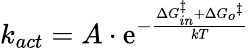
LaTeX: k_{act}=A\cdot\mathrm{e}^{-{\frac{{\Delta{G_{in}^{\ddagger}}+\Delta{G_{o}}^{\ddagger}}}{{kT}}}}